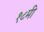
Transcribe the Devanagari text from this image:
१८मी